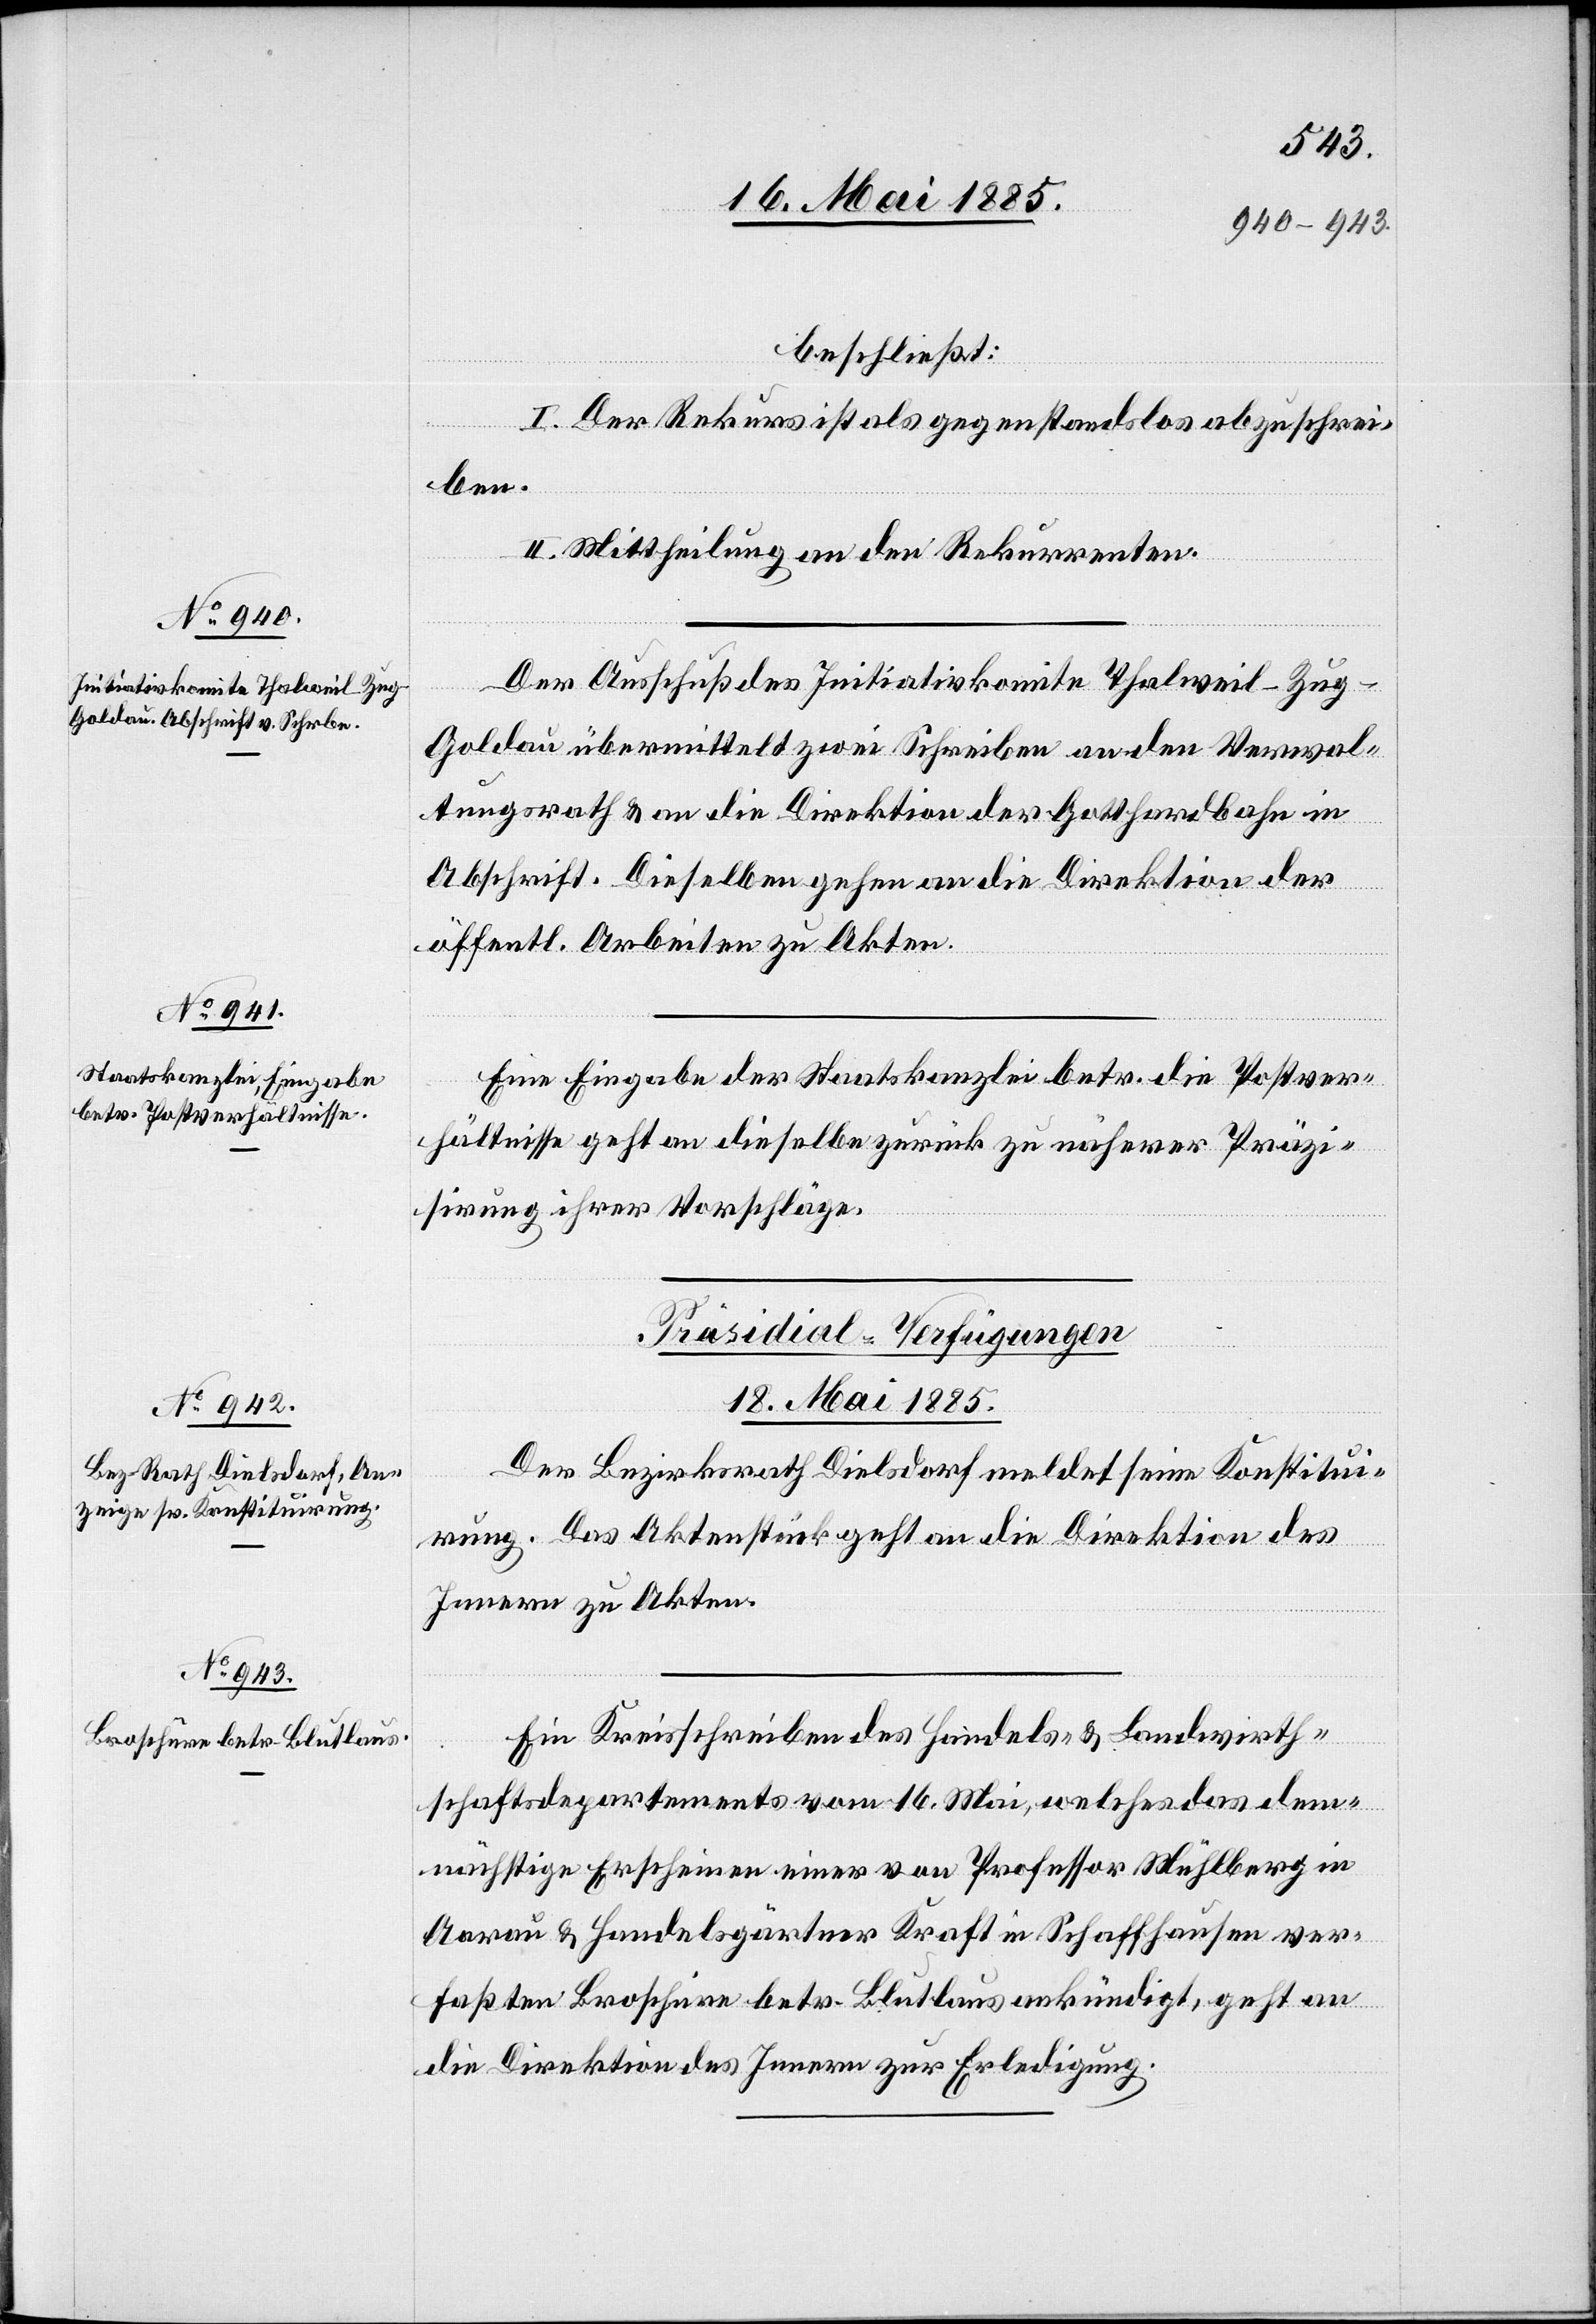
beschließt:
I. Der Rekurs ist als gegenstandslos abzuschrei¬
ben.
II. Mittheilung an den Rekurrenten.
Der Ausschuß des Initiativkomite[s] Thalweil–Zug–G¬
oldau übermittelt zwei Schreiben an den Verwal¬
tungsrath & an die Direktion der Gotthardbahn in
Abschrift. Dieselben gehen an die Direktion der
öffentl. Arbeiten zu Akten.
Eine Eingabe der Staatskanzlei betr. die Postver¬
hältnisse geht an dieselbe zurück zu näherer Präzi¬
sierung ihrer Vorschläge.
[Präsidial-Verfügungen.
18. Mai 1885.]
Der Bezirksrath Dielsdorf meldet seine Konstitui¬
rung. Das Aktenstück geht an die Direktion des
Innern zu Akten.
Ein Kreisschreiben des Handels- & Landwirth¬
schaftsdepartements vom 16. Mai, welches das dem¬
nächstige Erscheinen einer von Professor Mühlberg in
Aarau & Handelsgärtner Kraft in Schaffhausen ver¬
faßten Broschüre betr. Blutlaus ankündigt, geht an
die Direktion des Innern zur Erledigung.